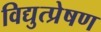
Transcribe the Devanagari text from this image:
विद्युत्प्रेषण